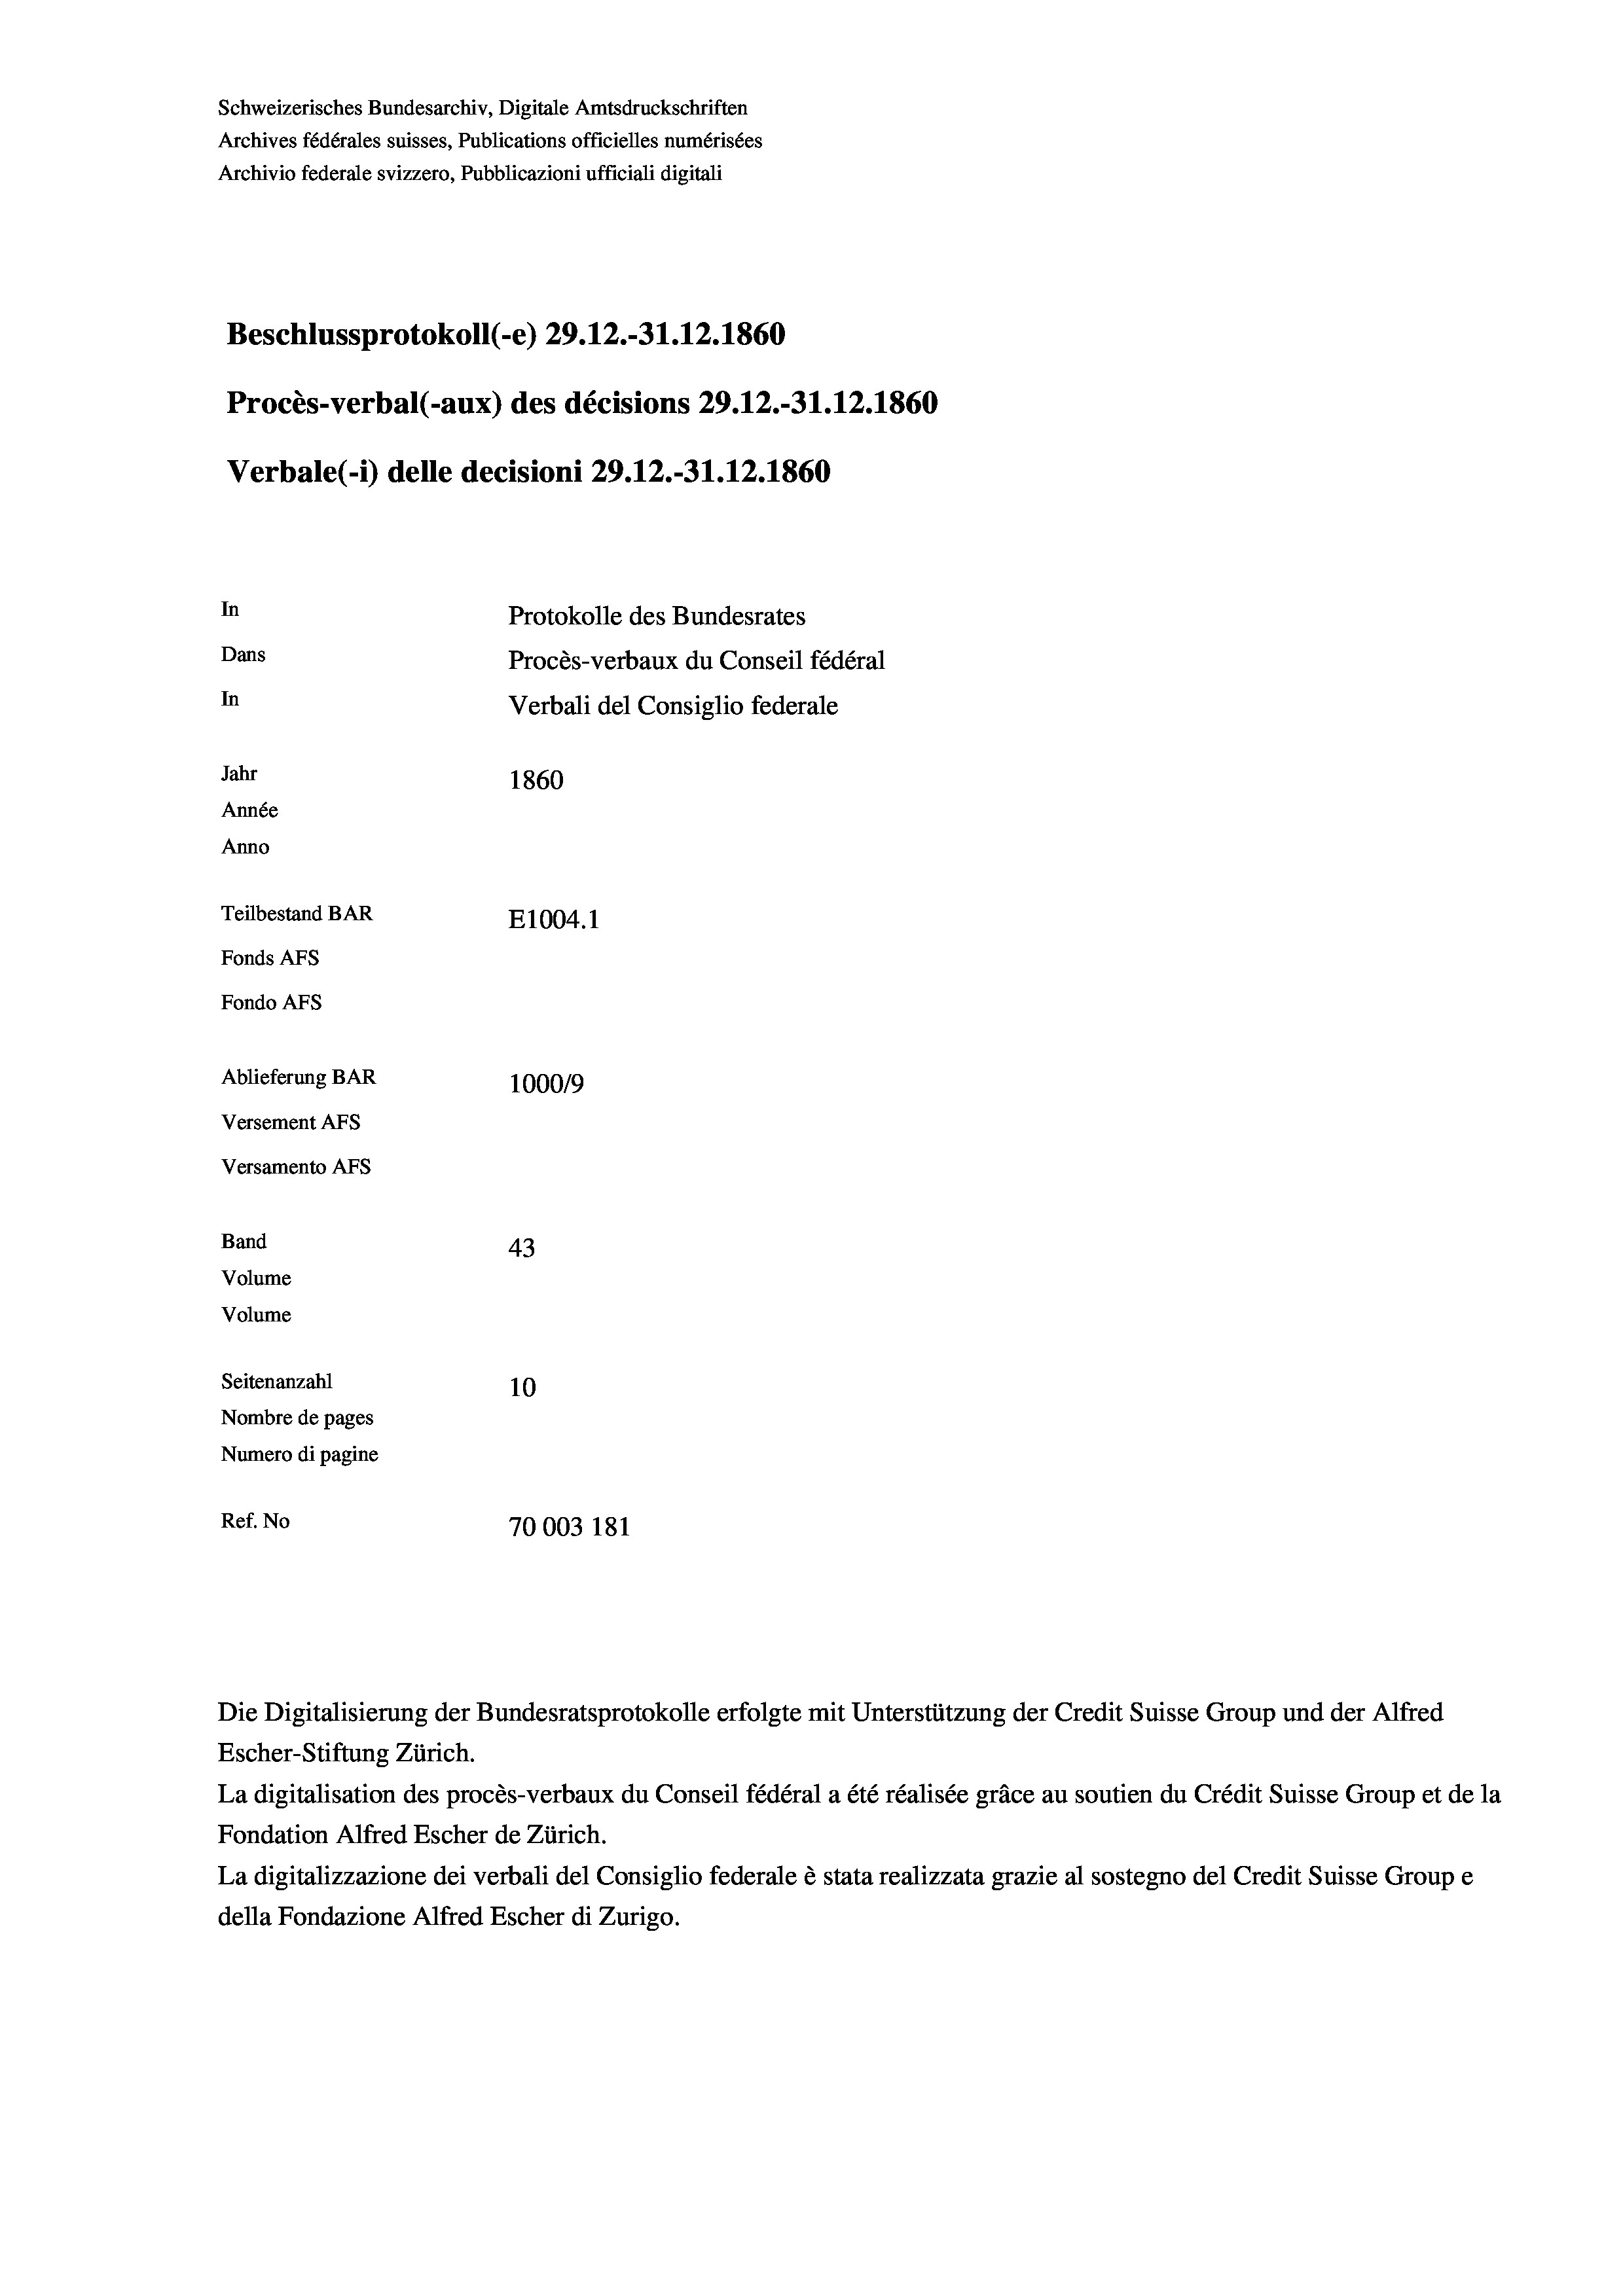
Schweizerisches Bundesarchiv, Digitale Amtsdruckschriften
Archives fédérales suisses, Publications officielles numérisées
Archivio federale svizzero, Pubblicazioni ufficiali digitali
Beschlussprotokoll (-e) 29.12.-31.12.1860
Procès-verbal (-aux) des décisions 29.12.-31.12.1860
Verbale (- 1) delle decisioni 29.12.-31.12.1860
In
Protokolle des Bundesrates
Dans
Procès-verbaux du Conseil fédéral
In
Verbali del Consiglio federale
Jahr
1860
Année
Anno
Teilbestand BAR
E1004.1
Fonds AFs
Fondo AFS
Ablieferung BAR
100019
Versement AFs
Versamento Afs

43
10
Nombre de pages
Numero di pagine
Ref. No
70003 181

Band
Volume

Volume
Seitenanzahl

Escher-Stiftung Zürich.
La digitalisation des procès-verbaux du Conseil fédéral a été réalisée gräce au soutien du Crédit Suisse Group et de la
Fondation Alfred Escher de Zürich.
La digitalizzazione dei verbali del Consiglio federale è stata realizzata grazie al sostegno del Credit Suisse Groupe
della Fondazione Alfred Escher di Zurigo.

Die Digitalisierung der Bundesratsprotokolle erfolgte mit Unterstützung der Credit Suisse Group und der Alfred